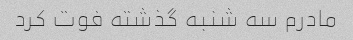
مادرم سه شنبه گذشته فوت کرد